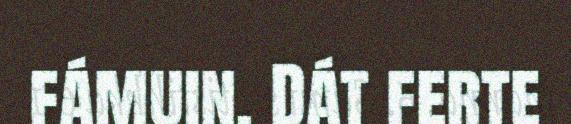
fámuin. Dát ferte